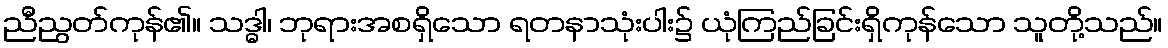
ညီညွတ်ကုန်၏။ သဒ္ဓါ၊ ဘုရားအစရှိသော ရတနာသုံးပါး၌ ယုံကြည်ခြင်းရှိကုန်သော သူတို့သည်။